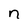
Character: n